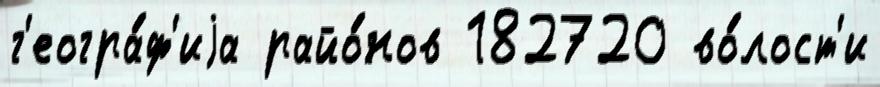
г'еогра́ф'иjа райо́нов 182720 во́лост'и